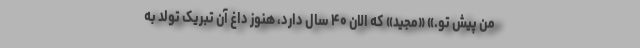
من پیش تو.» «مجید» که الان ۴۰ سال دارد، هنوز داغ آن تبریک تولد به